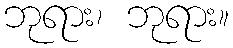
ဘုရား၊ ဘုရား။